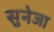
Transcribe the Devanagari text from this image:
सुनेजा